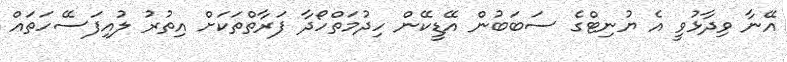
އޭނާ ވިދާޅުވީ އެ ޔުނިޓްގެ ސަބަބުން އޭޑީކޭން ހިދުމަތްހޯދާ ފަރާތްތަކަށް އިތުރު ލުއިފަސޭހަތައް